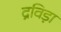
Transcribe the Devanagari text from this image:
द्रविड़ा